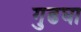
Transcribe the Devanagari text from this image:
गुढघा